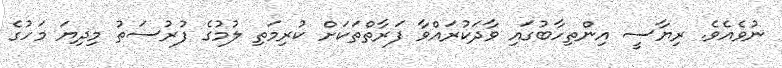
ނުވެއެވެ. ރިޔާސީ އިންތިހާބުގައި ވާދަކުރައްވާ ފަރާތްތަކަށް ކުރިމަތި ލުމުގެ ފުރުސަތު މިދިޔަ މަހުގެ